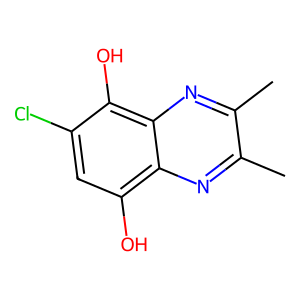
SMILES: Cc1nc2c(O)cc(Cl)c(O)c2nc1C
Inhibits HIV replication: No